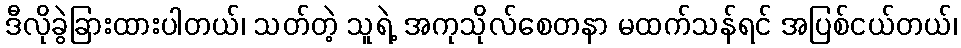
ဒီလိုခွဲခြားထားပါတယ်၊ သတ်တဲ့ သူရဲ့ အကုသိုလ်စေတနာ မထက်သန်ရင် အပြစ်ငယ်တယ်၊